Report of the Indian Hemp Drugs Commission, 1894-1895 - Volume III
Year: 1894
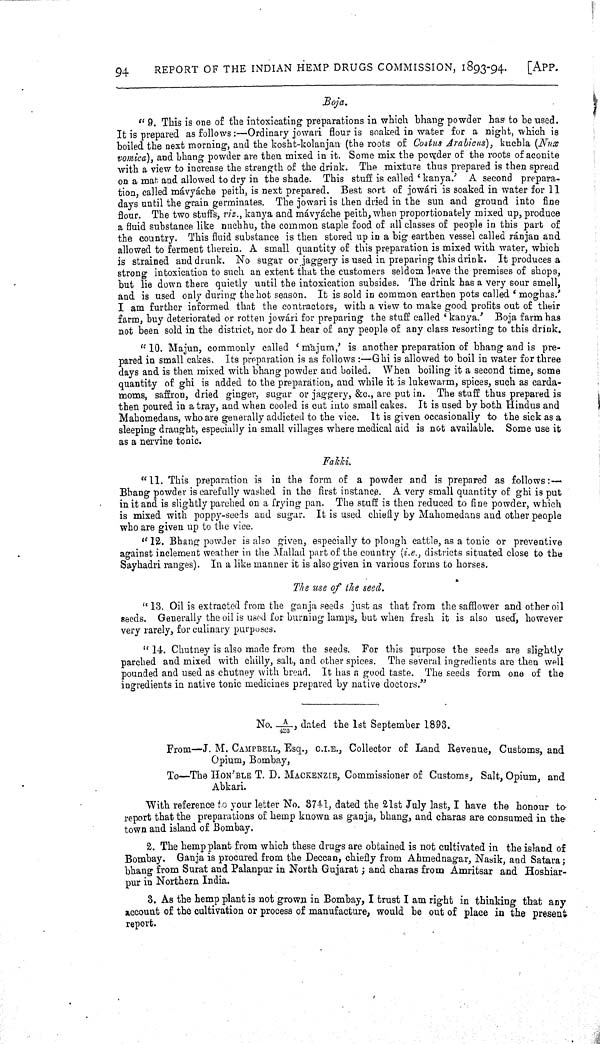
94
REPORT OF THE INDIAN HEMP DRUGS COMMISSION, 1893-94.
[APP.
Boja.
"9. This is one of the intoxicating preparations in which bhang powder has to be used.
It is prepared as follows:—Ordinary jowari flour is soaked in water for a night, which is
boiled the next morning, and the kosht-kolanjan (the roots of Costus Arabicus), kuchla (Nux
vomica), and bhang powder are then mixed in it. Some mix the powder of the roots of aconite
with a view to increase the strength of the drink. The mixture thus prepared is then spread
on a mat and allowed to dry in the shade. This stuff is called 'kanya.' A second prepara-
tion, called mávyáche peith, is next prepared. Best sort of jowári is soaked in water for 11
days until the grain germinates. The jowari is then dried in the sun and ground into fine
flour. The two stuffs, viz., kanya and mávyáche peith, when proportionately mixed up, produce
a fluid substance like nuchhu, the common staple food of all classes of people in this part of
the country. This fluid substance is then stored up in a big earthen vessel called ránjan and
allowed to ferment therein. A small quantity of this preparation is mixed with water, which
is strained and drunk. No sugar or jaggery is used in preparing this drink. It produces a
strong intoxication to such an extent that the customers seldom leave the premises of shops,
but lie down there quietly until the intoxication subsides. The drink has a very sour smell,
and is used only during the hot season. It is sold in common earthen pots called 'moghas.'
I am further informed that the contractors, with a view to make good profits out of their
farm, buy deteriorated or rotten jowári for preparing the stuff called 'kanya.' Boja farm has
not been sold in the district, nor do I hear of any people of any class resorting to this drink.
"10. Majun, commonly called 'majum,' is another preparation of bhang and is pre-
pared in small cakes. Its preparation is as follows:—Ghi is allowed to boil in water for three
days and is then mixed with bhang powder and boiled. When boiling it a second time, some
quantity of ghi is added to the preparation, and while it is lukewarm, spices, such as carda-
moms, saffron, dried ginger, sugar or jaggery, &c., are put in. The stuff thus prepared is
then poured in a tray, and when cooled is cut into small cakes. It is used by both Hindus and
Mahomedans, who are generally addicted to the vice. It is given occasionally to the sick as a
sleeping draught, especially in small villages where medical aid is not available. Some use it
as a nervine tonic.
Fakki.
"11. This preparation is in the form of a powder and is prepared as follows:—
Bhang powder is carefully washed in the first instance. A very small quantity of ghi is put
in it and is slightly parched on a frying pan. The stuff is then reduced to fine powder, which
is mixed with poppy-seeds and sugar. It is used chiefly by Mahomedans and other people
who are given up to the vice.
"12. Bhang powder is also given, especially to plough cattle, as a tonic or preventive
against inclement weather in the Mallad part of the country (i.e., districts situated close to the
Sayhadri ranges). In a like manner it is also given in various forms to horses.
The use of the seed.
"13. Oil is extracted from the ganja seeds just as that from the safflower and other oil
seeds. Generally the oil is used for burning lamps, but when fresh it is also used, however
very rarely, for culinary purposes.
"14. Chutney is also made from the seeds. For this purpose the seeds are slightly
parched and mixed with chilly, salt, and other spices. The several ingredients are then well
pounded and used as chutney with bread. It has a good taste. The seeds form one of the
ingredients in native tonic medicines prepared by native doctors."
No. A/426, dated the 1st September 1893.
From—J. M. CAMPBELL, Esq., C.I.E., Collector of Land Revenue, Customs, and
Opium, Bombay,
To—The HON'BLE T. D. MACKENZIE, Commissioner of Customs, Salt, Opium, and
Abkari.
With reference to your letter No. 8741, dated the 21st July last, I have the honour to
report that the preparations of hemp known as ganja, bhang, and charas are consumed in the
town and island of Bombay.
2. The hemp plant from which these drugs are obtained is not cultivated in the island of
Bombay. Ganja is procured from the Deccan, chiefly from Ahmednagar, Nasik, and Satara;
bhang from Surat and Palanpur in North Gujarat; and charas from Amritsar and Hoshiar-
pur in Northern India.
3. As the hemp plant is not grown in Bombay, I trust I am right in thinking that any
account of the cultivation or process of manufacture, would be out of place in the present
report.